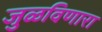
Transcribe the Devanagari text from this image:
जुळविणारा